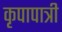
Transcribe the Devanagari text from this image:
कृपापात्री